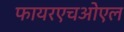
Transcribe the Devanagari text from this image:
फायरएचओएल